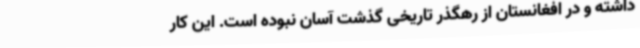
داشته‌ و در افغانستان از رهگذر تاریخی گذشت آسان نبوده‌ است. این کار